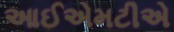
આઈએમટીએ